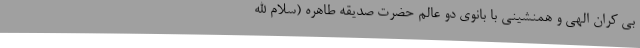
بی کران الهی و همنشینی با بانوی دو عالم حضرت صدیقه طاهره (سلام الله